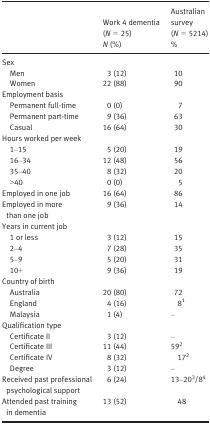
<table><thead><tr><td rowspan="2"></td><td><b>Work 4 dementia (<i>N</i> = 25)</b></td><td><b>Australian survey (<i>N</i> = 5214)</b></td></tr><tr><td><b><i>N</i> (%)</b></td><td><b>%</b></td></tr></thead><tbody><tr><td colspan="3">Sex</td></tr><tr><td>Men</td><td>3 (12)</td><td>10</td></tr><tr><td>Women</td><td>22 (88)</td><td>90</td></tr><tr><td colspan="3">Employment basis</td></tr><tr><td>Permanent full‐time</td><td>0 (0)</td><td>7</td></tr><tr><td>Permanent part‐time</td><td>9 (36)</td><td>63</td></tr><tr><td>Casual</td><td>16 (64)</td><td>30</td></tr><tr><td colspan="3">Hours worked per week</td></tr><tr><td>1–15</td><td>5 (20)</td><td>19</td></tr><tr><td>16–34</td><td>12 (48)</td><td>56</td></tr><tr><td>35–40</td><td>8 (32)</td><td>20</td></tr><tr><td>&gt;40</td><td>0 (0)</td><td>5</td></tr><tr><td>Employed in one job</td><td>16 (64)</td><td>86</td></tr><tr><td>Employed in more than one job</td><td>9 (36)</td><td>14</td></tr><tr><td colspan="3">Years in current job</td></tr><tr><td>1 or less</td><td>3 (12)</td><td>15</td></tr><tr><td>2–4</td><td>7 (28)</td><td>35</td></tr><tr><td>5–9</td><td>5 (20)</td><td>31</td></tr><tr><td>10+</td><td>9 (36)</td><td>19</td></tr><tr><td colspan="3">Country of birth</td></tr><tr><td>Australia</td><td>20 (80)</td><td>72</td></tr><tr><td>England</td><td>4 (16)</td><td>8a</td></tr><tr><td>Malaysia</td><td>1 (4)</td><td>–</td></tr><tr><td colspan="3">Qualification type</td></tr><tr><td>Certificate II</td><td>3 (12)</td><td>–</td></tr><tr><td>Certificate III</td><td>11 (44)</td><td>59a</td></tr><tr><td>Certificate IV</td><td>8 (32)</td><td>17a</td></tr><tr><td>Degree</td><td>3 (12)</td><td>–</td></tr><tr><td>Received past professional psychological support</td><td>6 (24)</td><td>13–20a/8a</td></tr><tr><td>Attended past training in dementia</td><td>13 (52)</td><td>48</td></tr></tbody></table>